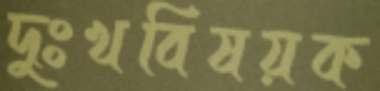
দুঃখবিষয়ক